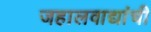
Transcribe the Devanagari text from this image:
जहालवाद्यांची